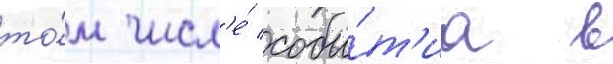
то́м числ'е́ собы́т'иа в